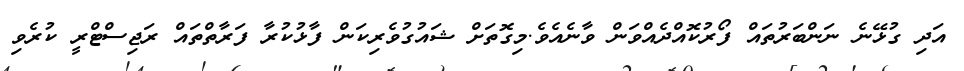
އަދި ގުޅޭނެ ނަންބަރުތައް ފޯރުކޮއްދެއްވަން ވާނެއެވެ.މިގޮތަށް ޝައުގުވެރިކަން ފާޅުކުރާ ފަރާތްތައް ރަޖިސްޓްރީ ކުރެވި